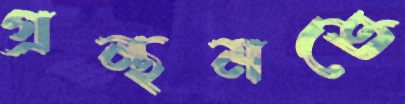
গ্রন্থমতে